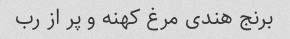
برنج هندی مرغ کهنه و پر از رب